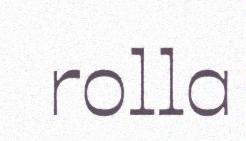
rolla